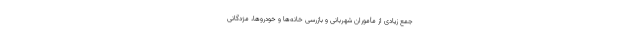
جمعِ زیادی از مأموران شهربانی و بازرسی خانه‌ها و خودروها، مژدگانی